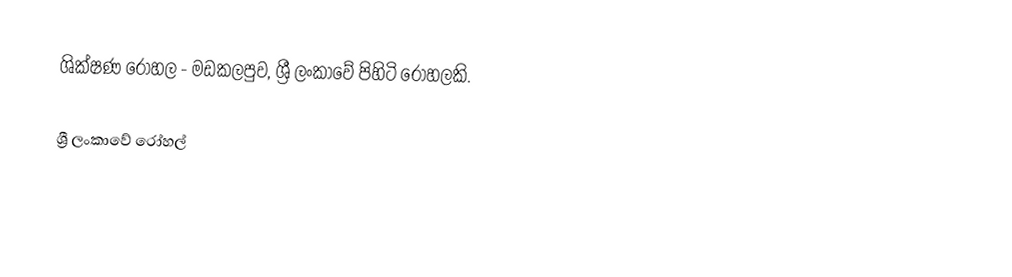
ශික්ෂණ රෝහල - මඩකලපුව, ශ්‍රී ලංකාවේ පිහිටි රෝහලකි.

ශ්‍රී ලංකාවේ රෝහල්